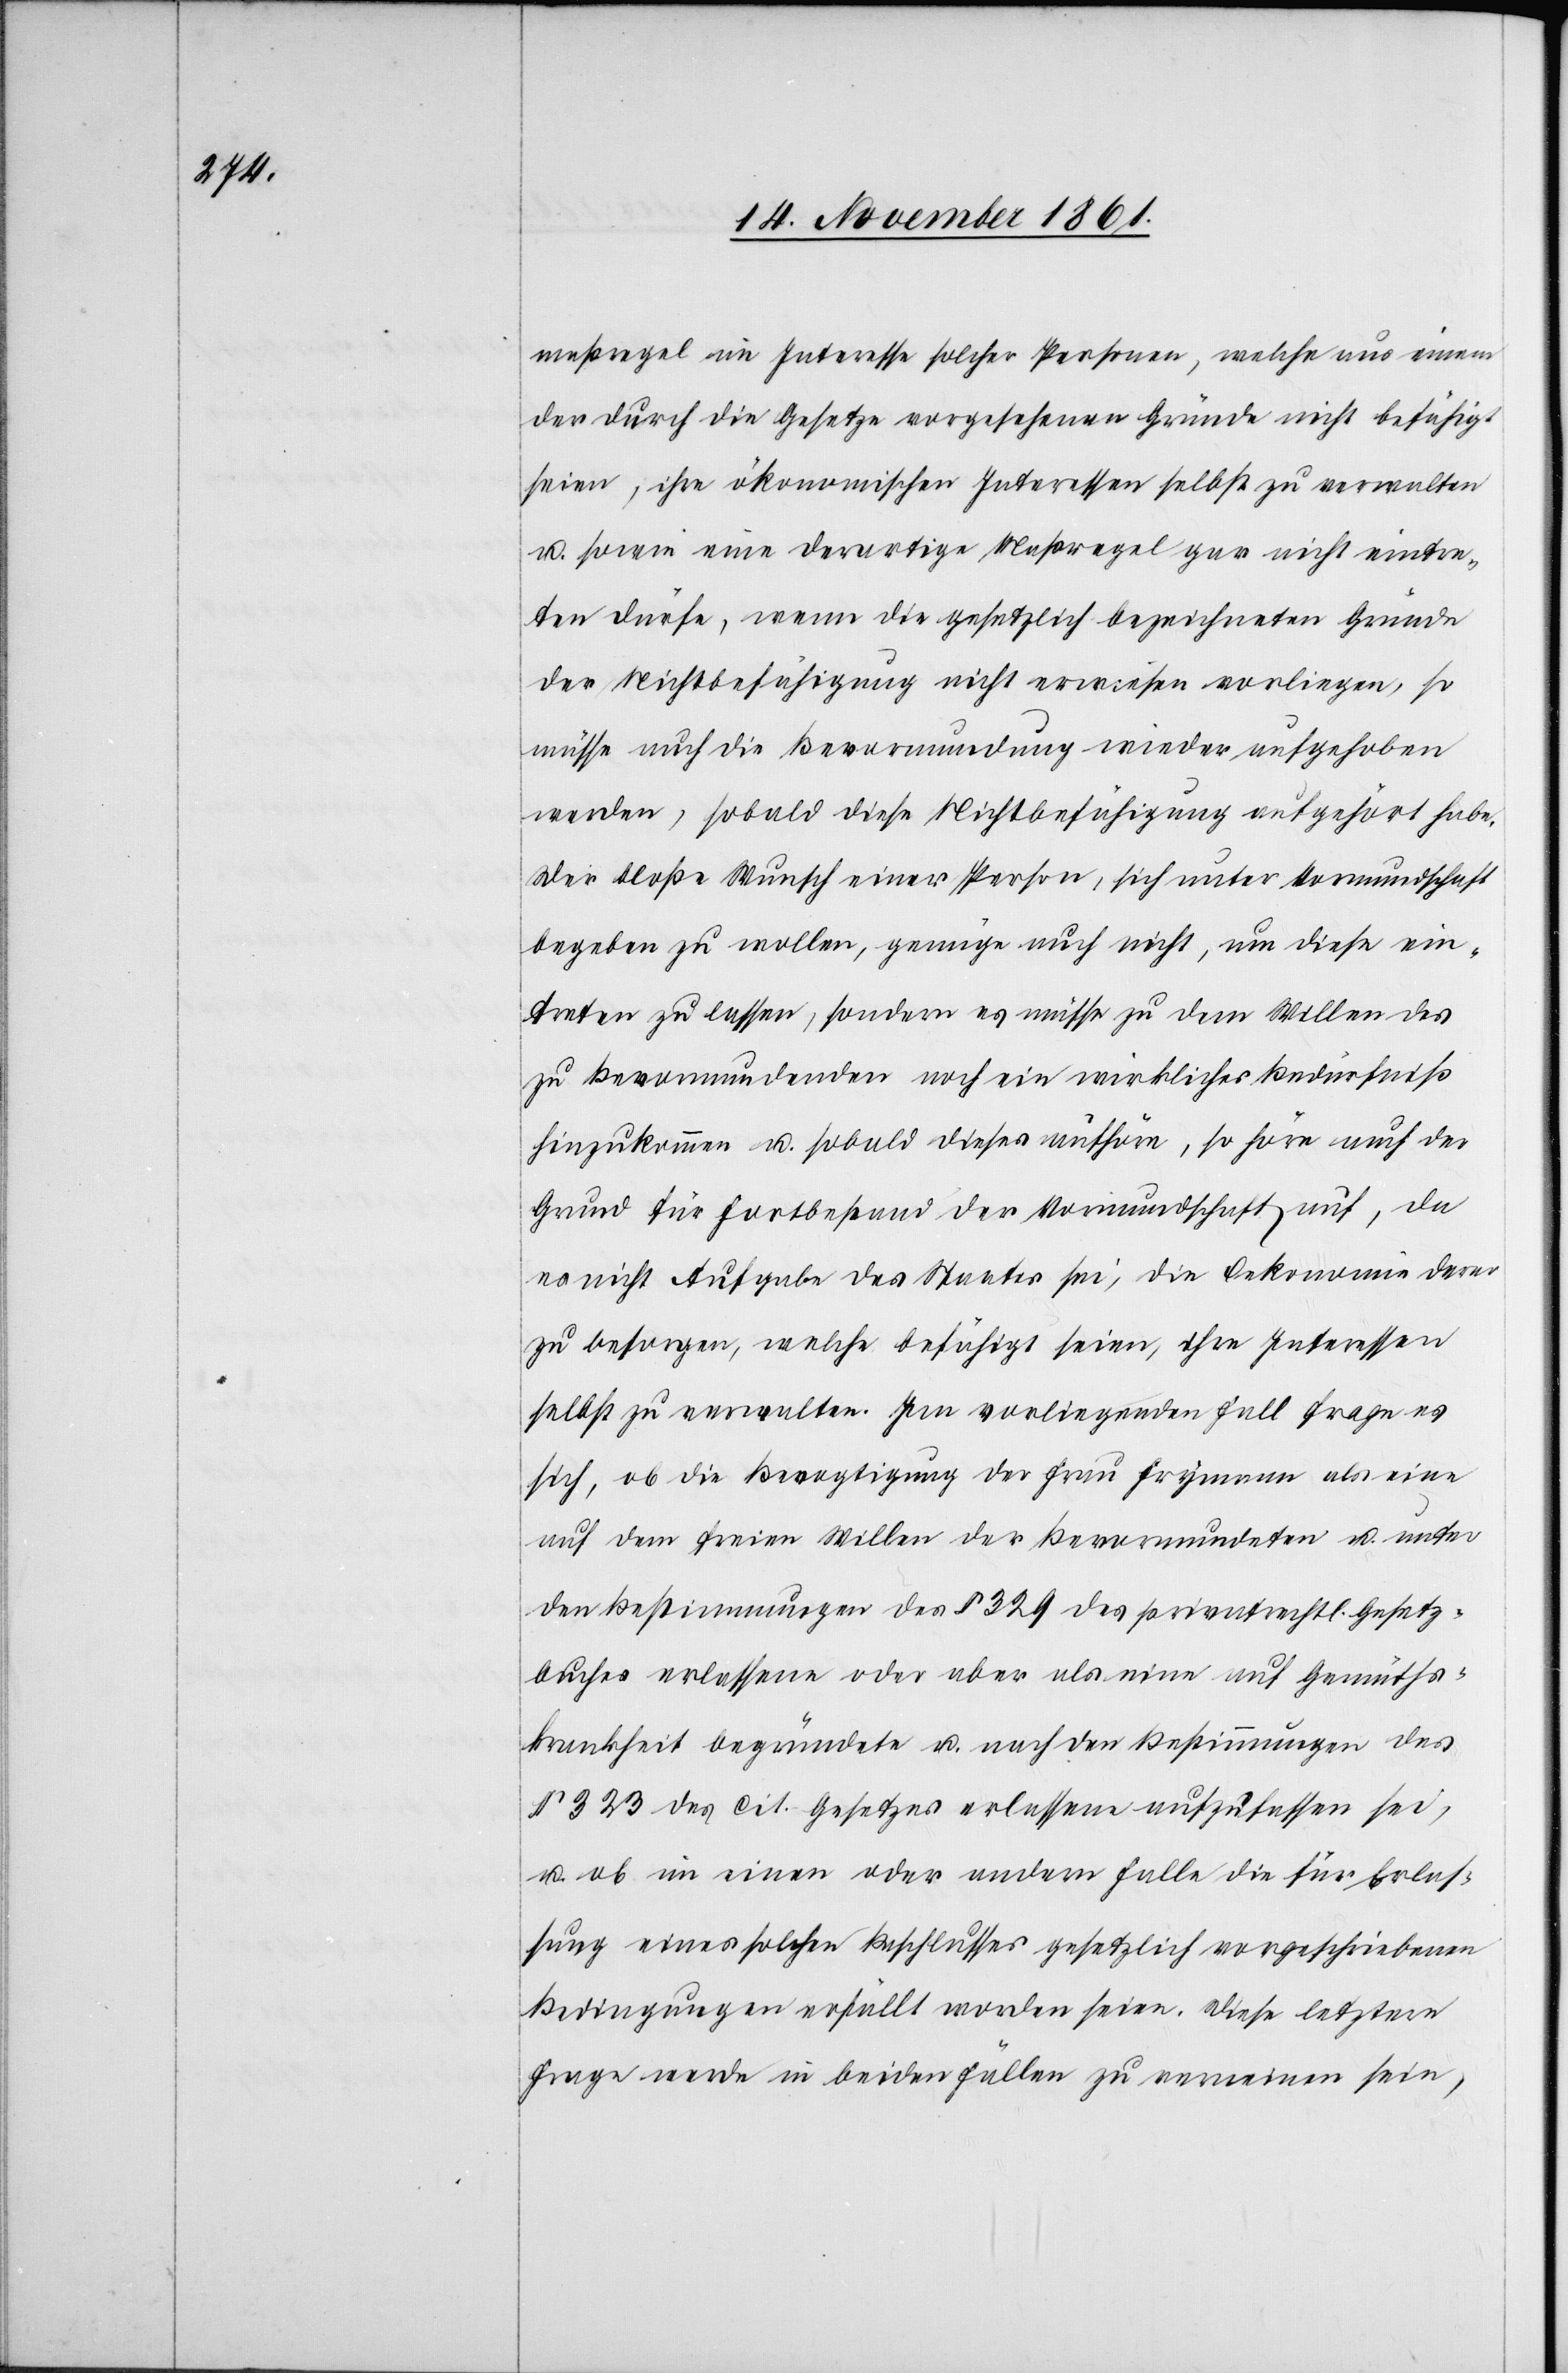
maßregel im Interesse solcher Personen, welche aus einem
der durch die Gesetze vorgesehenen Gründe nicht befähigt
seien, ihre ökonomischen Interessen selbst zu verwalten
u. sowie eine derartige Maßregel gar nicht eintre¬
ten dürfe, wenn die gesetzlich bezeichneten Gründe
der Nichtbestätigung nicht erwiesen vorliegen, so
müsse auch die Bevormundung wieder aufgehoben
werden, sobald diese Nichtbestätigung aufgehört habe.
Der bloße Wunsch einer Person, sich unter Vormundschaft
begeben zu wollen, genüge auch nicht, um diese ein¬
treten zu lassen, sondern es müsse zu dem Willen des
zu Bevormundenden noch ein wirkliches Bedürfniß
hinzukommen u. sobald dieses aufhöre, so höre auch der
Grund für Fortbestand der Vormundschaft auf, da
es nicht Aufgabe des Staates sei, die Oekonomie derer
zu besorgen, welche bestätigt seien, ihre Interessen
selbst zu verwalten. Im vorliegenden Fall frage es
sich, ob die Bevogtigung der Frau Frymann als eine
auf dem freien Willen der Bevormundeten u. unter
den Bestimmungen des § 329 des privatrechtl. Gesetz¬
buches erlassene oder aber als eine auf Gemüths¬
krankheit begründete u. nach den Bestimmungen des
§ 323 des Cit. Gesetzes erlassene aufzufassen sei,
u. ob im einen oder andern Falle die für Erlas¬
sung eines solchen Beschlusses gesetzlich vorgeschriebenen
Bedingungen erfüllt worden seien. Diese letztere
Frage werde in beiden Fällen zu verneinen sein,